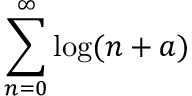
\sum _ { n = 0 } ^ { \infty } \log ( n + a )